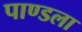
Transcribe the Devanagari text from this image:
पाण्डला